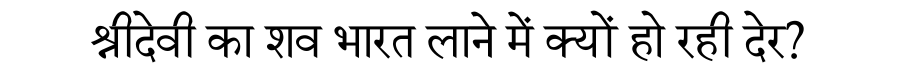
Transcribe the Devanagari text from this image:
श्रीदेवी का शव भारत लाने में क्यों हो रही देर?